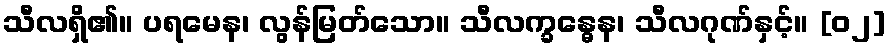
သီလရှိ၏။ ပရမေန၊ လွန်မြတ်သော။ သီလက္ခန္ဓေန၊ သီလဂုဏ်နှင့်။ [၀၂]